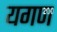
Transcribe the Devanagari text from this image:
यगण